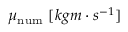
\mu _ { \mathrm { n u m } } \ [ k g { m } \cdot s ^ { - 1 } ]